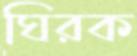
ঘিরক